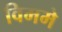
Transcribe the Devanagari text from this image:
विममे